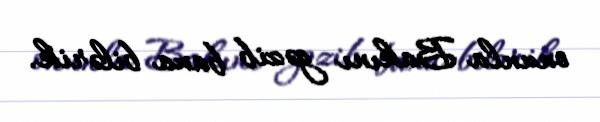
onunla Bakını gəzib baxa bilərik.